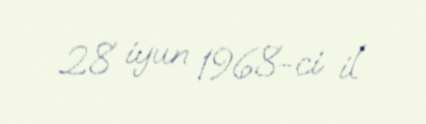
28 iyun 1968-ci il